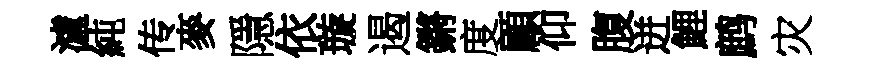
瀘純传麥隱依璇遏鏘度顧仰腹迸鯉鹧灾